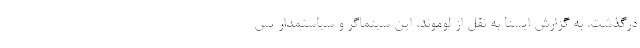
درگذشت. به گزارش ایسنا به نقل از لوموند، این سینماگر و سیاستمدار پس